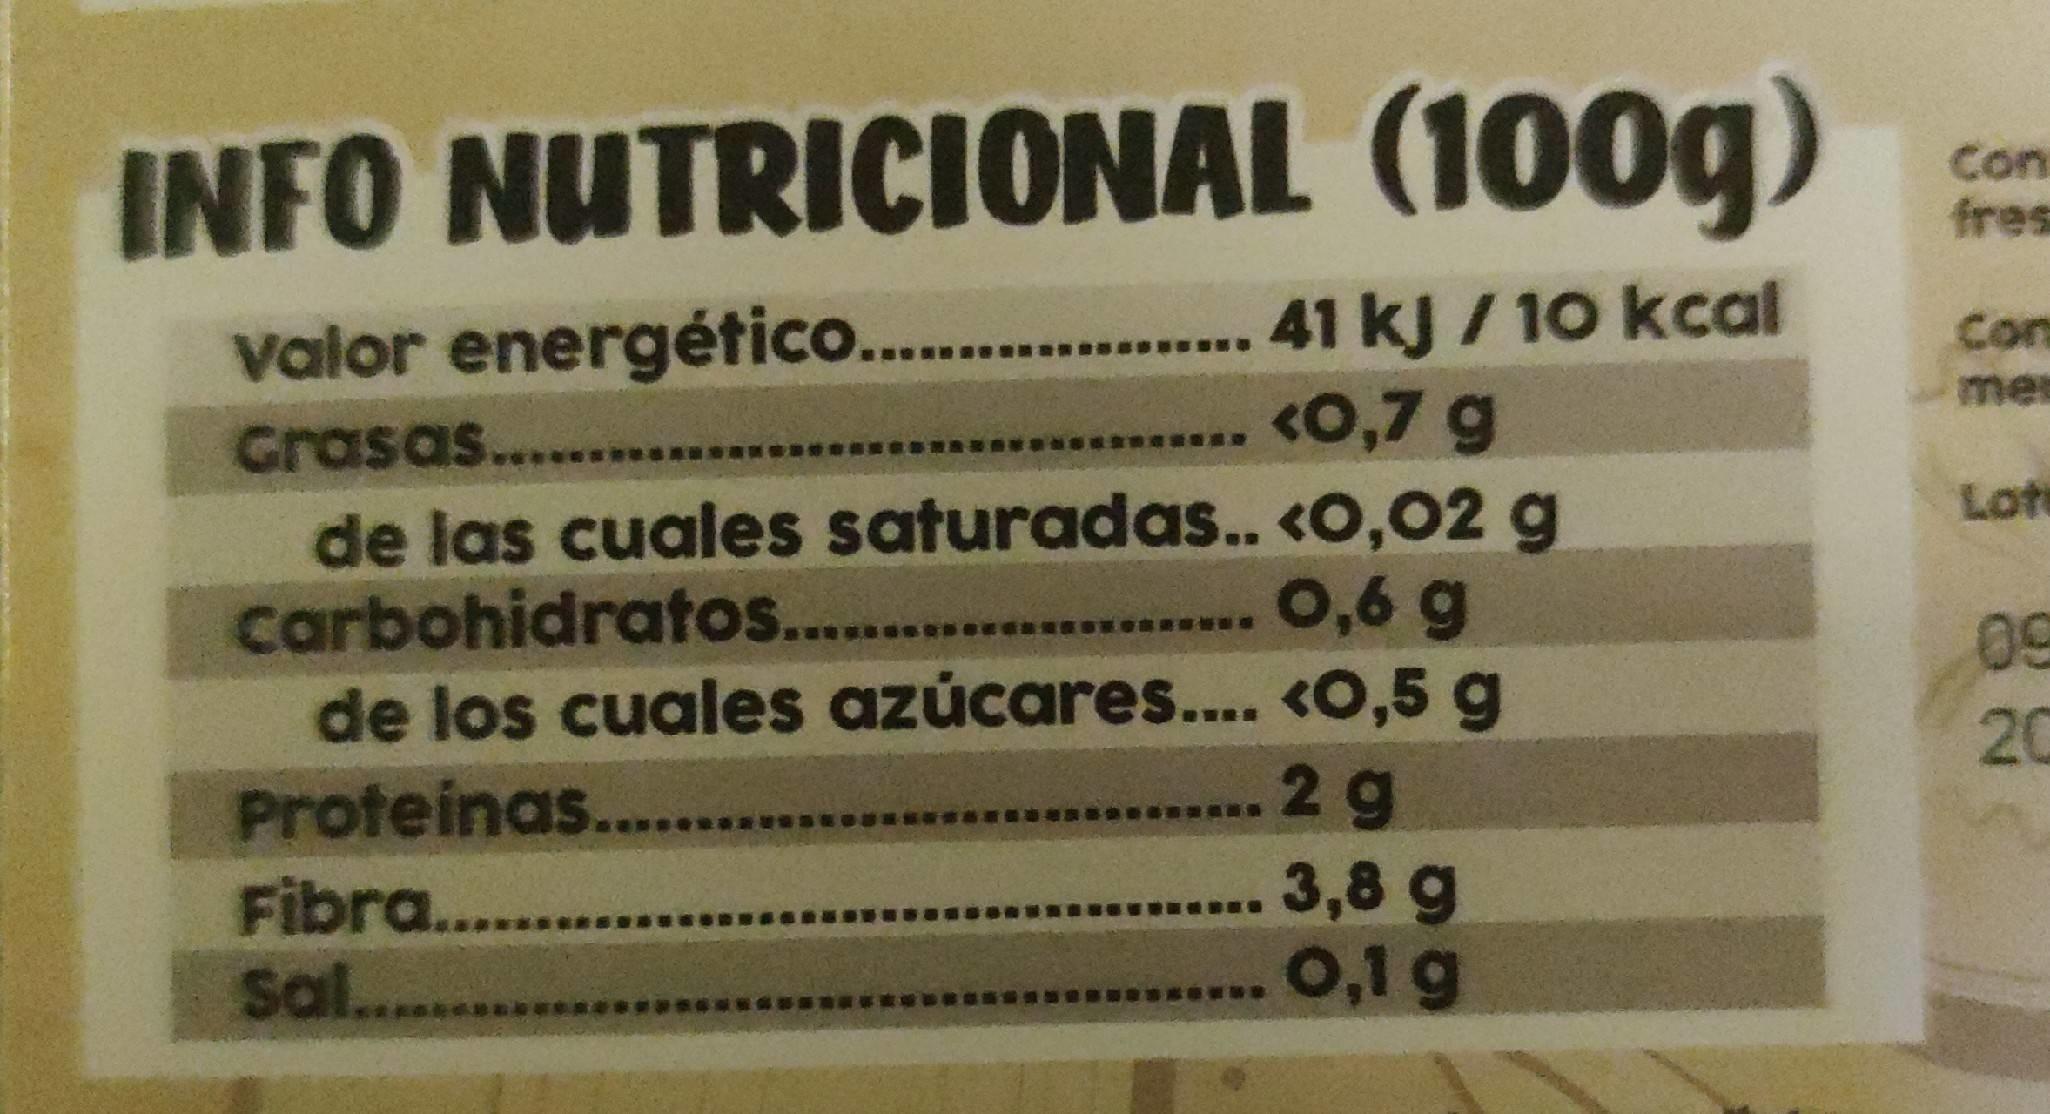
INFO NUTRICIONAL (100g)
Con fres
41kJ / 10 kcal <0,7 g
Con me
valor energético....
Grasas....
Lote
de las cuales saturadas.. <O,02 g 0,6 g
carbohidratos....
09
...
de los cuales azúcares.... <0,5 g 29
20
Proteinas...
3,8 g 0,1g
Fibra...
sal... **